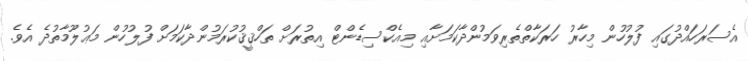
އެސަރަހައްދުގައި ފުލުހުން މިހާރު ހަރަކާތްތެރިވަމުންދާކަމަށާއި މިއެކްސިޑެންޓް އިތުރަށް ތަހްޤީޤުކުރަމުންދާކަމަށް ފުލުހުން މަޢުލޫމާތުދެ އެވެ.